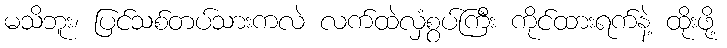
မသိဘူး၊ ပြင်သစ်တပ်သားကလဲ လက်ထဲလှံစွပ်ကြီး ကိုင်ထားရက်နဲ့ ထိုးဖို့